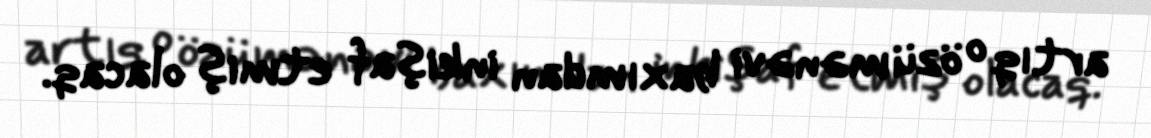
artıq o özü mənəvi baxımdan inkişaf etmiş olacaq.